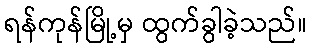
ရန်ကုန်မြို့မှ ထွက်ခွါခဲ့သည်။